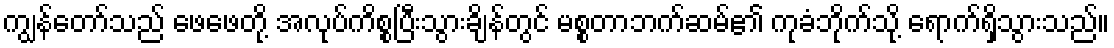
ကျွန်တော်သည် ဖေဖေတို့ အလုပ်ကိစ္စပြီးသွားချိန်တွင် မစ္စတာဘက်ဆမ်၏ ကုခံဘိုက်သို့ ရောက်ရှိသွားသည်။